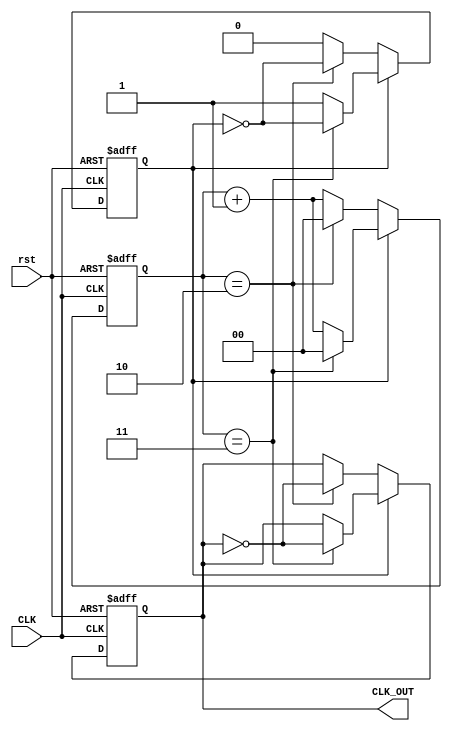
module dual_modulus_clock_divider(
    input CLK,
    input rst,
    output reg CLK_OUT
);

reg [1:0] count;
reg toggle;

parameter M = 2;

always @(posedge CLK or posedge rst) begin
    if (rst) begin
        count <= 2'b00;
        toggle <= 1'b0;
        CLK_OUT <= 1'b0;
    end else begin
        if (toggle) begin
            count <= count + 1;
            if (count == M+1) begin
                count <= 2'b00;
                toggle <= ~toggle;
                CLK_OUT <= ~CLK_OUT;
            end
        end else begin
            count <= count + 1;
            if (count == M) begin
                count <= 2'b00;
                toggle <= ~toggle;
                CLK_OUT <= ~CLK_OUT;
            end
        end
    end
end

endmodule